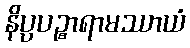
နိပ္ပပဉ္စာရာမဿာယံ